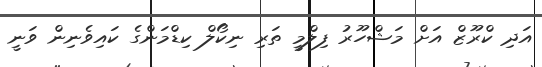
އަދި ކްރޫޒް އަށް މަޝްހޫރު ފިލްމީ ތަރި ނިކޯލް ކިޑްމަންގެ ކައިވެނިން ވަނީ